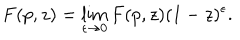
F ( p , z ) = \lim _ { \epsilon \rightarrow 0 } F ( p , z ) ( 1 - z ) ^ { \epsilon } .